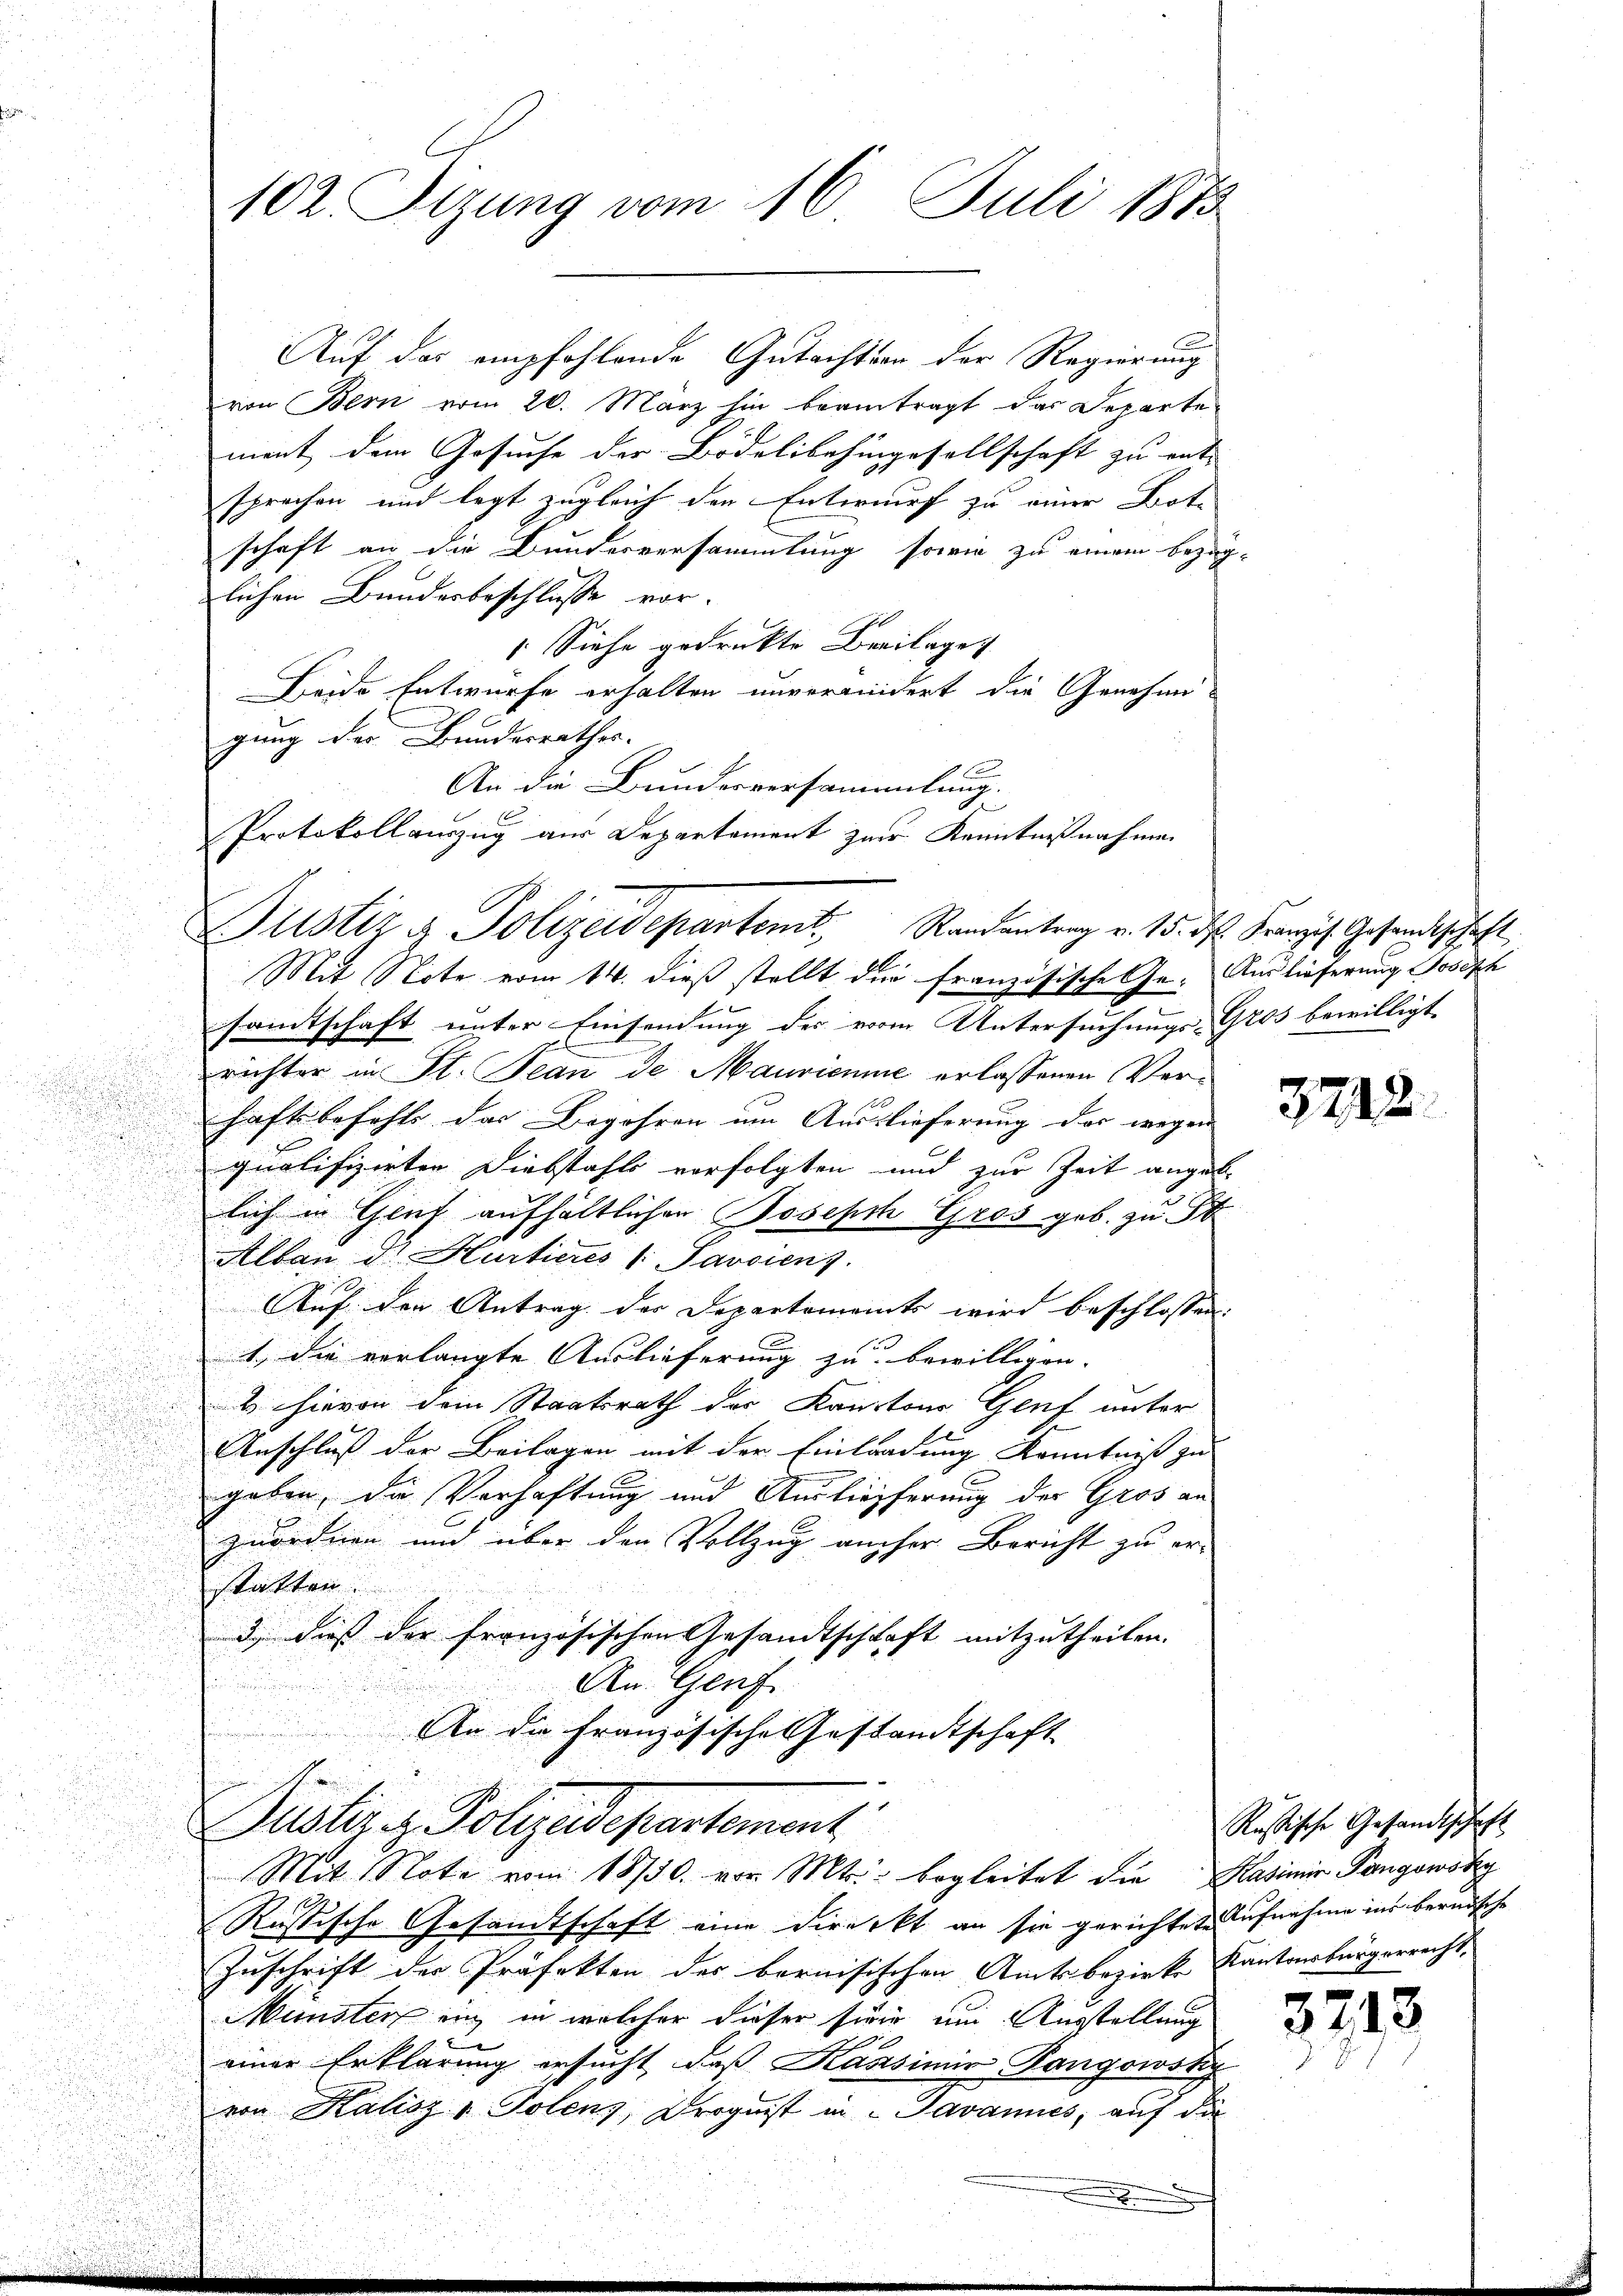
.

Auf das empfohlende Gutachten der Regierung
von Bern vom 20. März hin beantragt das Departe
ment dem Gesuche der Bödelibahngesellschaft zu ent-
sprochen und legt zugleich den Entwurf zu einer Bote
schaft an die Bundesversammlung sowie zu einem bezüg-
lichen Bundesbeschlüsse vor.
Siehe gedruckte Breilage
Beide Entwurfe erhalten unverwindert die Genehmigung der Bundesrathes.
An die Bundesversammlung.
s
Mit Note vom 14. dieß stellt die französische Ge- Auslieferung Joseph
samtschaft unter Einsendung des vom Untersuchungs-Gros bewilligt.
richter in St. Jean de Maurienne erlassenen Verhaft befehle das Begehren um Auslieferung der wegen |
qualifizirten Diebstahls verfolgten und zur Zeit angebe
.

.
lich in Graf aufhältlichen Joseph Gros geb. zu St
d
Alban der Hurtieres 1 Javciens.

Auf den Antrag der Departements wird beschlossen:
1., die verlangte Auslieferung zu bewilligen.
x
 hievon dem Staatsrath der Kantons Genf unter
.
Anschluß der Beilagen mit der Einlandung Kenntnis zu
geben, die Verhaftung und Auslieferung der Gros an
zuordnen und über den Vollzug aucher Bericht zu er-
statten.
3) dieß der französischen Gesandtschaft mitzutheilen.
d
An Genf
i
An die Französische Gestandtschaft
Puster z. Polizeidepartement.
.
Mit Note vom 18/30. von Mtr. begleitet die Kasimir Pangowsky
Russische Gesandtschaft eine Direckt an sie gerichtete Aufnahme ins bernische
Zuschrift der Präfekten des bernisischen Amtsbezirke Kantonsbürgerrecht,
Münsten in in welcher dieser sein um Ausstellung
e
einer Erklärung ersucht, daß Kassimir Pangowsky
von Kalisz - Polens, Droguist in Javannies, auf die

102. Sitzung vom 16. Juli 1873

Protokollauszug aus Departement zur Kenntnißnahmen
Justiz & Polizeidepartemt, Randantrag v. 15. d. Franzis Gesandtschaft

.

3242.

Russische Gesandtschaft |

3243